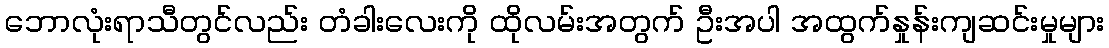
ဘောလုံးရာသီတွင်လည်း တံခါးလေးကို ထိုလမ်းအတွက် ဦးအပါ အထွက်နှုန်းကျဆင်းမှုများ